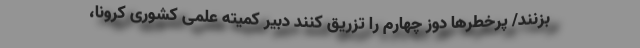
بزنند/ پرخطرها دوز چهارم را تزریق کنند دبیر کمیته علمی کشوری کرونا،